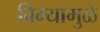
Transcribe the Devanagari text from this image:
विम्यामुळे